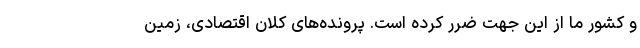
و کشور ما از این جهت ضرر کرده است. پرونده‌های کلان اقتصادی، زمین‌